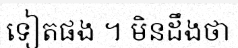
ទៀតផង ។ មិនដឹងថា